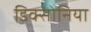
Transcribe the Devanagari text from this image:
डिक्सोनिया